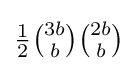
{\tfrac {1}{2}}{\tbinom {3b}{b}}{\tbinom {2b}{b}}